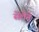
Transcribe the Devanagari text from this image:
सेलेने